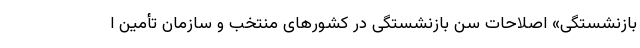
بازنشستگی» اصلاحات سن بازنشستگی در کشورهای منتخب و سازمان تأمین ا